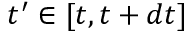
{ t ^ { \prime } } \in [ t , t + d t ]